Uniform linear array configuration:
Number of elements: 48
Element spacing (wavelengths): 0.25
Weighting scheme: cosine
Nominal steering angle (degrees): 15
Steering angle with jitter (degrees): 14.986
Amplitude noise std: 0.05
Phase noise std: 0.05

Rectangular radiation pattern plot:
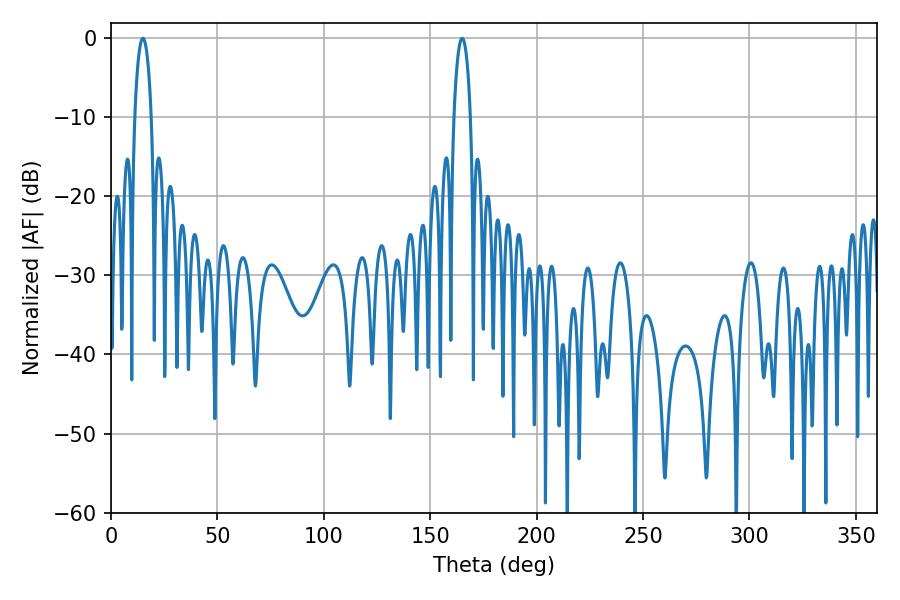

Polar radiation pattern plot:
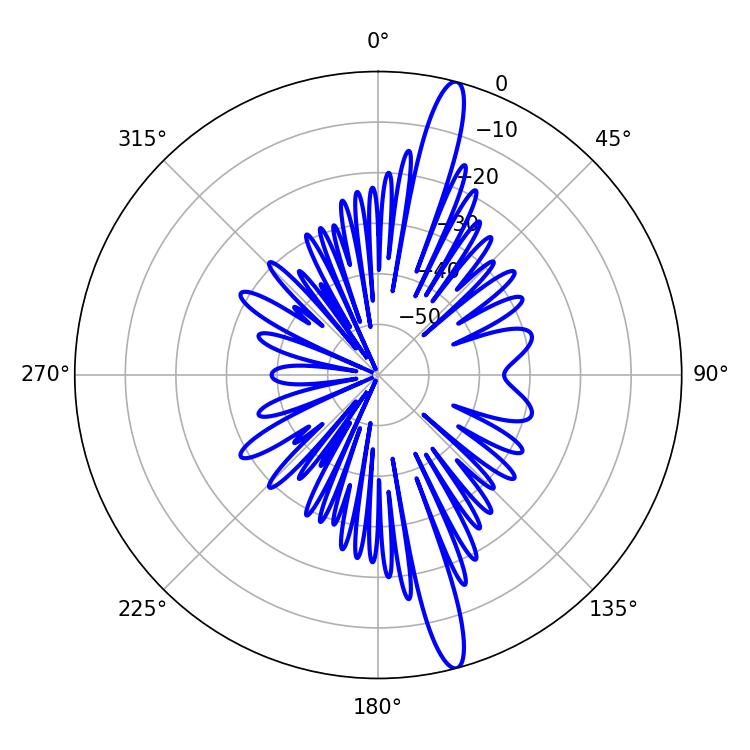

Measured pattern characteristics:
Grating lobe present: FALSE
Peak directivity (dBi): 16.454
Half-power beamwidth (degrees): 4.5
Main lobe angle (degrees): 14.94